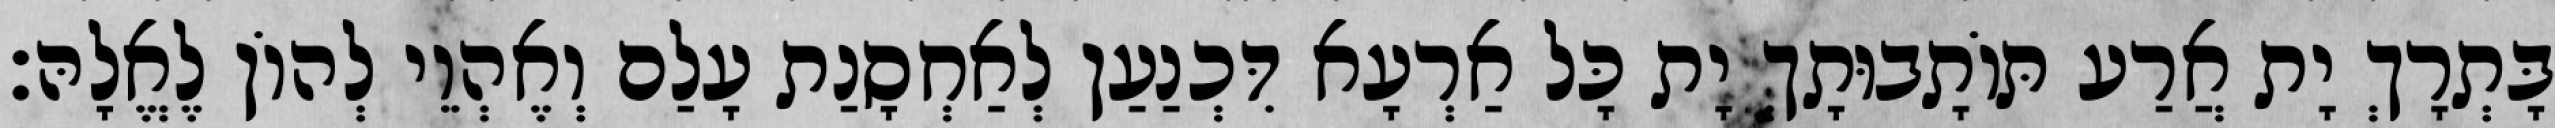
בָּתְרָךְ יָת אֲרַע תּוֹתָבוּתָךְ יָת כָּל אַרְעָא דִּכְנַעַן לְאַחְסָנַת עָלַם וְאֶהְוֵי לְהוֹן לֶאֱלָהּ׃